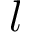
l